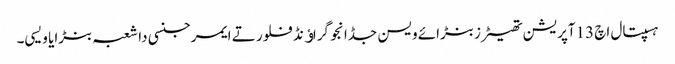
ہسپتال اچ 13آپریشن تھیٹرز بنڑائے ویسن جڈانجو گراﺅنڈ فلور تے ایمرجنسی دا شعبہ بنڑایا ویسی۔